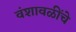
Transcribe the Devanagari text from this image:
वंशावळींचे